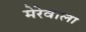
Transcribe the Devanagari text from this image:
मेरेवाला